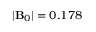
| \mathbf { B } _ { 0 } | = 0 . 1 7 8